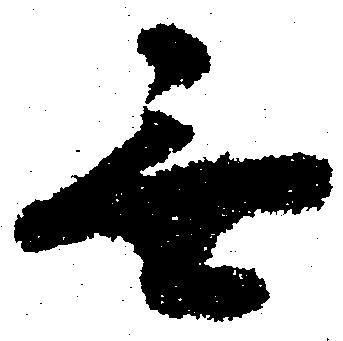
無